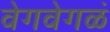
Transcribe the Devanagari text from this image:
वेगवेगळं